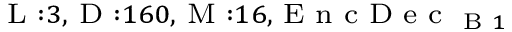
_ { \textrm { L } : 3 , \textrm { D } : 1 6 0 , \textrm { M } : 1 6 , \textrm { E n c D e c } _ { \textrm { B } 1 } }